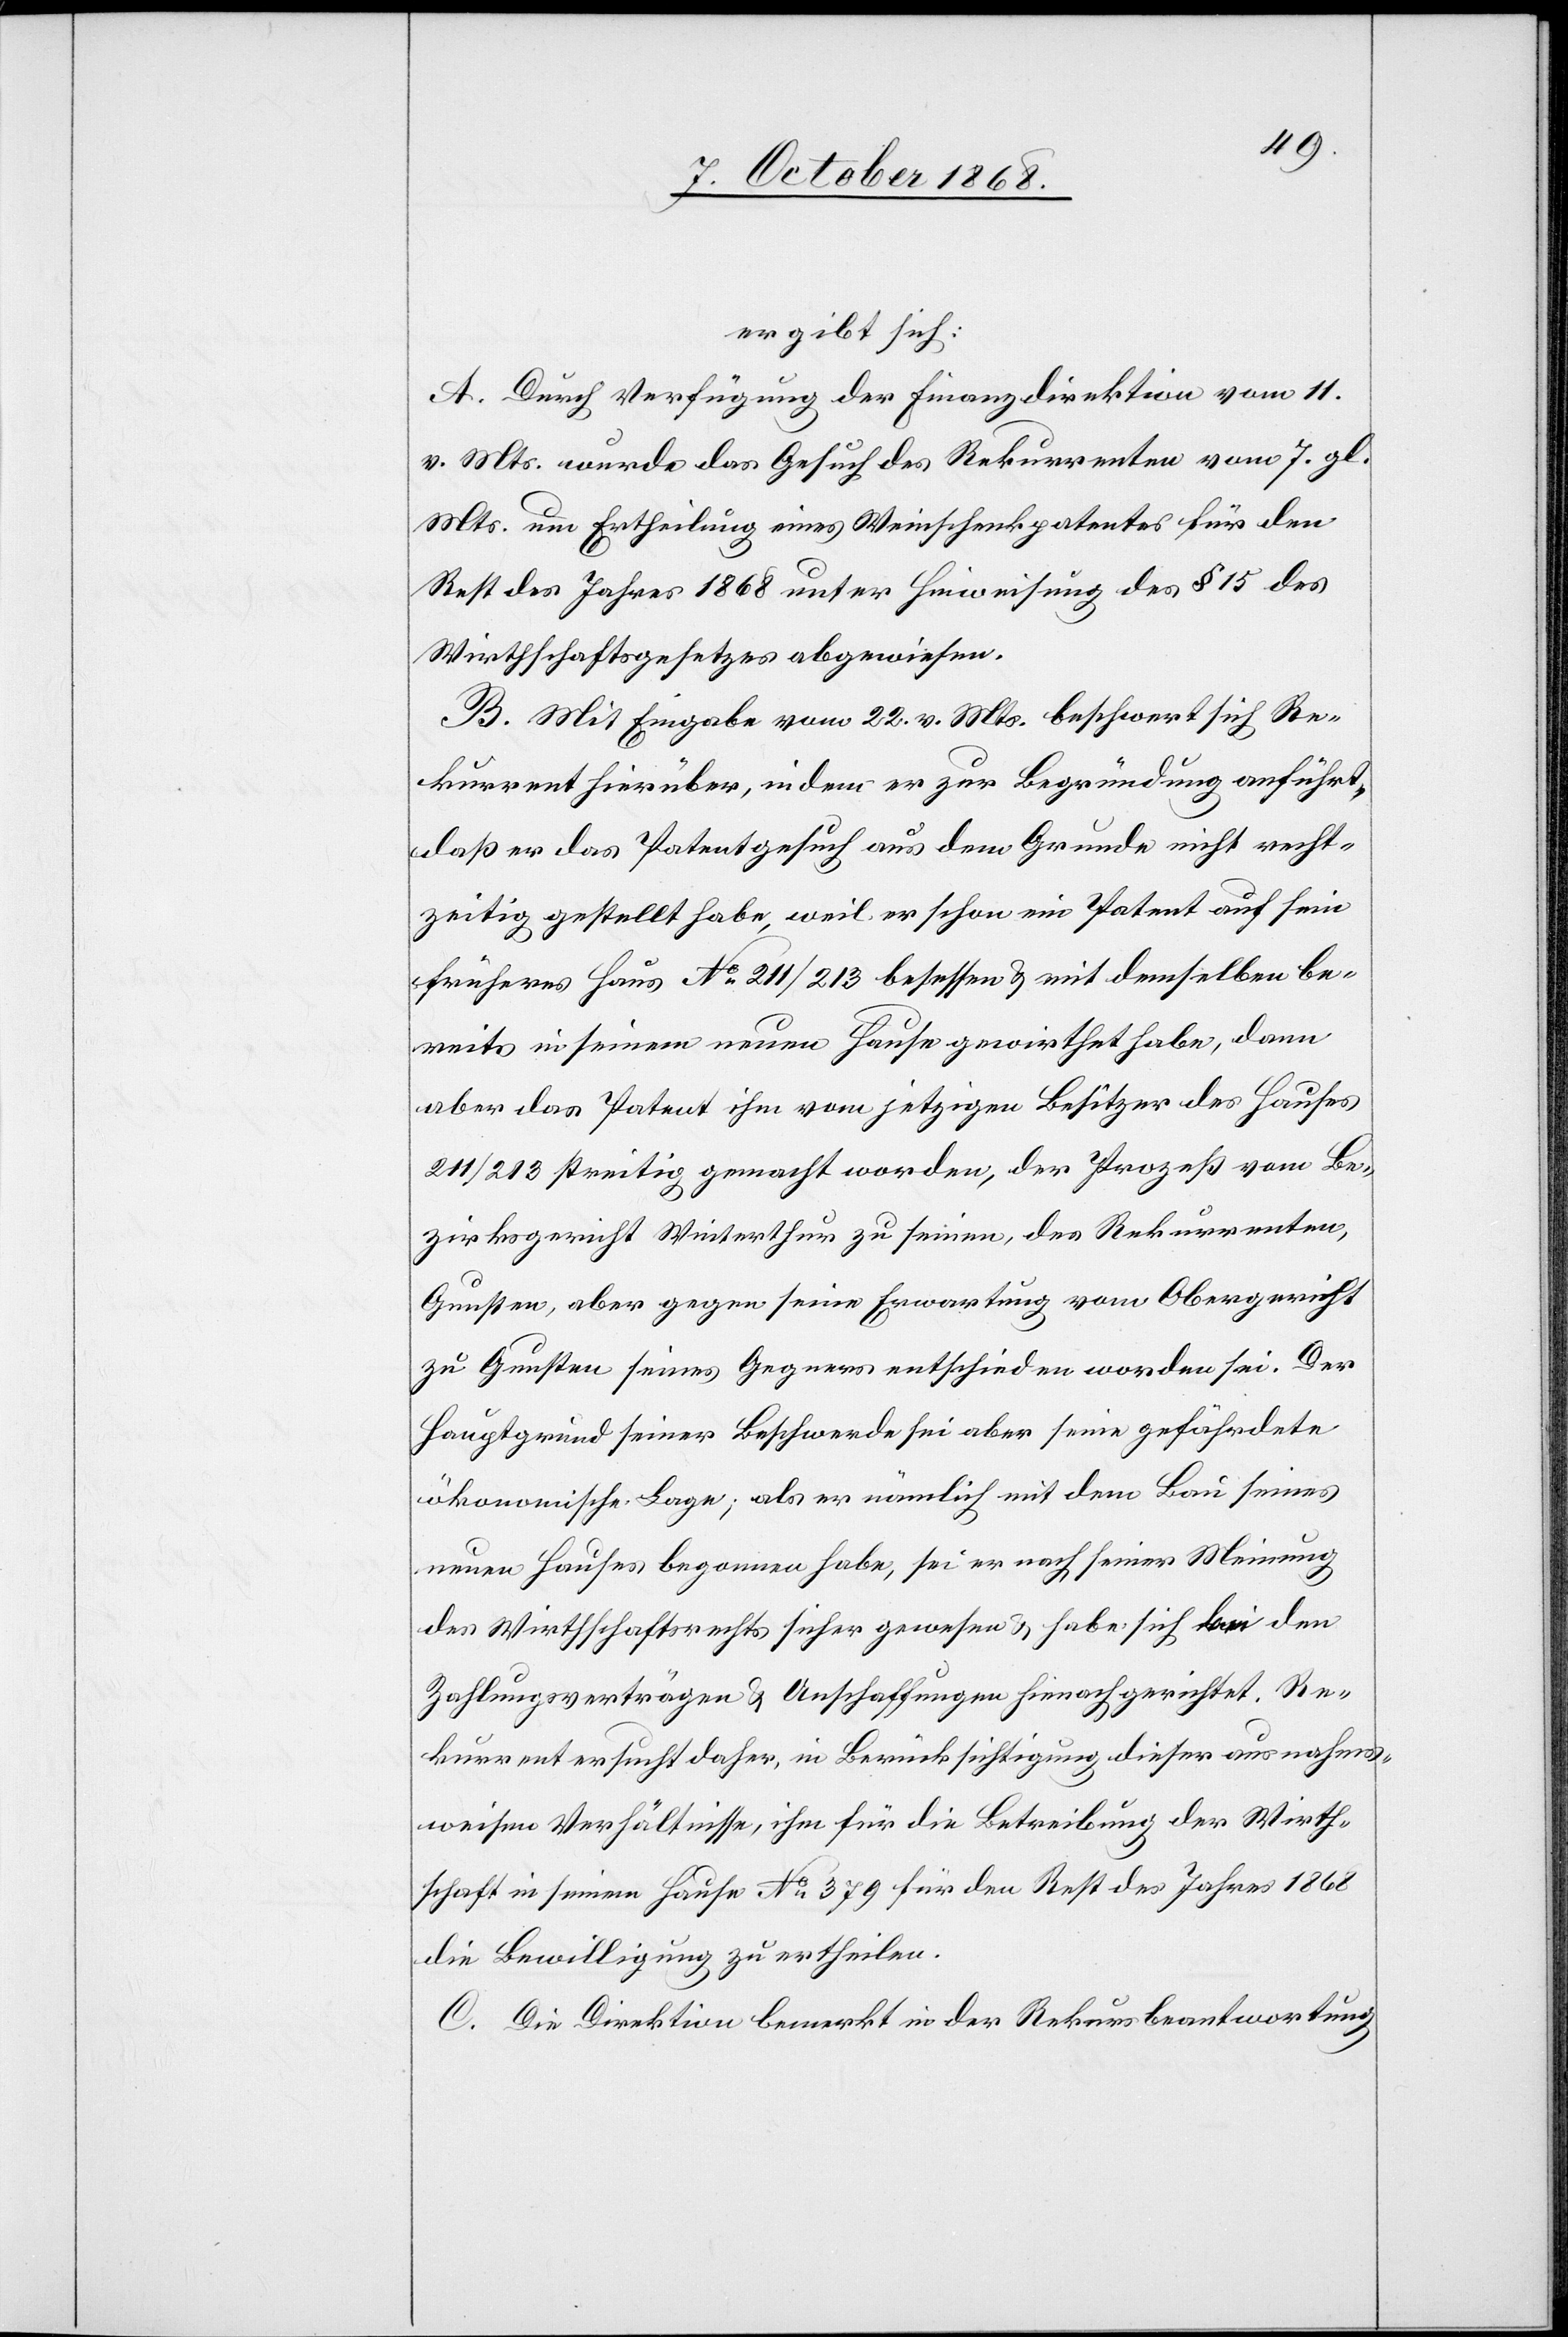
ergibt sich:
A. Durch Verfügung der Finanzdirektion vom 11.
v. Mts. wurde das Gesuch des Rekurrenten vom 7. gl.
Mts. um Ertheilung eines Weinschenkpatentes für den
Rest des Jahres 1868 unter Hinweisung des § 15 des
Wirthschaftsgesetzes abgewiesen.
B. Mit Eingabe vom 22. v. Mts. beschwert sich Re¬
kurrent hierüber, indem er zur Begründung anführt,
daß er das Patentgesuch aus dem Grunde nicht recht¬
zeitig gestellt habe, weil er schon ein Patent auf sein
früheres Haus No 211/213 besessen & mit demselben be¬
reits in seinem neuen Hause gewirthet habe, dann
aber das Patent ihm vom jetzigen Besitzer des Hauses
211/213 streitig gemacht worden, der Prozeß vom Be¬
zirksgericht Winterthur zu seinen, des Rekurrenten,
Gunsten, aber gegen seine Erwartung vom Obergericht
zu Gunsten seines Gegners entschieden worden sei. Der
Hauptgrund seiner Beschwerde sei aber seine gefährdete
ökonomische Lage; als er nämlich mit dem Bau seines
neuen Hauses begonnen habe, sei er nach seiner Meinung
des Wirthschaftsrechts sicher gewesen & habe sich bei den
Zahlungsverträgen & Anschaffungen hienach gerichtet. Re¬
kurrent ersucht daher, in Berücksichtigung dieser ausnahms¬
weisen Verhältnisse, ihm für die Betreibung der Wirth¬
schaft in seinem Hause No 379 für den Rest des Jahres 1868
die Bewilligung zu ertheilen.
C. Die Direktion bemerkt in der Rekursbeantwortung